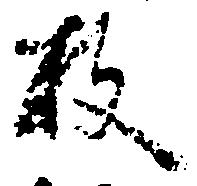
枚